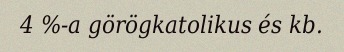
4 %-a görögkatolikus és kb.